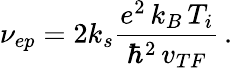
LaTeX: \nu_{ep}=2k_{s}\frac{e^{2}\, k_{B}\, T_{i}}{\hbar^{2}\, v_{TF}}\, .